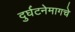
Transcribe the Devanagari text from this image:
दुर्घटनेमागचे